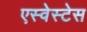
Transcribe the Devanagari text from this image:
एस्वेस्टेस